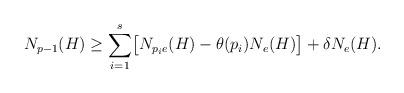
LaTeX: \begin{align*} N_{p-1}(H) \geq \sum_{i=1}^s \bigl[ N_{p_ie}(H)-\theta(p_i)N_e(H) \bigr] + \delta N_e(H). \end{align*}